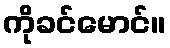
ကိုခင်မောင်။